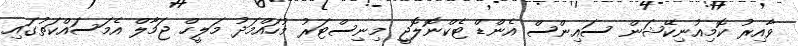
ވާއިރު ކޮމިއުނިކޭޝަން ސައިންސް އެންޑް ޓެކްނޮލޮޖީ މިނިސްޓަރު މުހައްމަދު މަލީހް ޖަމާލް އެމަސައްކަތުގައި